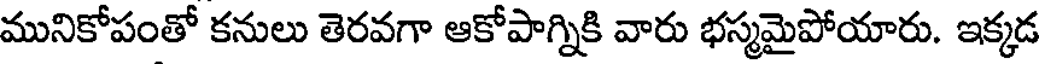
మునికోపంతో కనులు తెరవగా ఆకోపాగ్నికి వారు భస్మమైపోయారు. ఇక్కడ